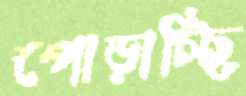
পোড়াচ্ছি